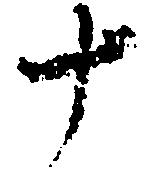
十